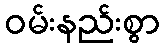
ဝမ်းနည်းစွာ